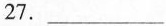
27.___